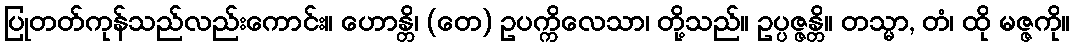
ပြုတတ်ကုန်သည်လည်းကောင်း။ ဟောန္တိ၊ (တေ) ဥပက္ကိလေသာ၊ တို့သည်။ ဥပ္ပဇ္ဇန္တိ။ တသ္မာ, တံ၊ ထို မဇ္ဇကို။